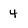
Character: 4